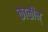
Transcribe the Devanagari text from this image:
काळीन्